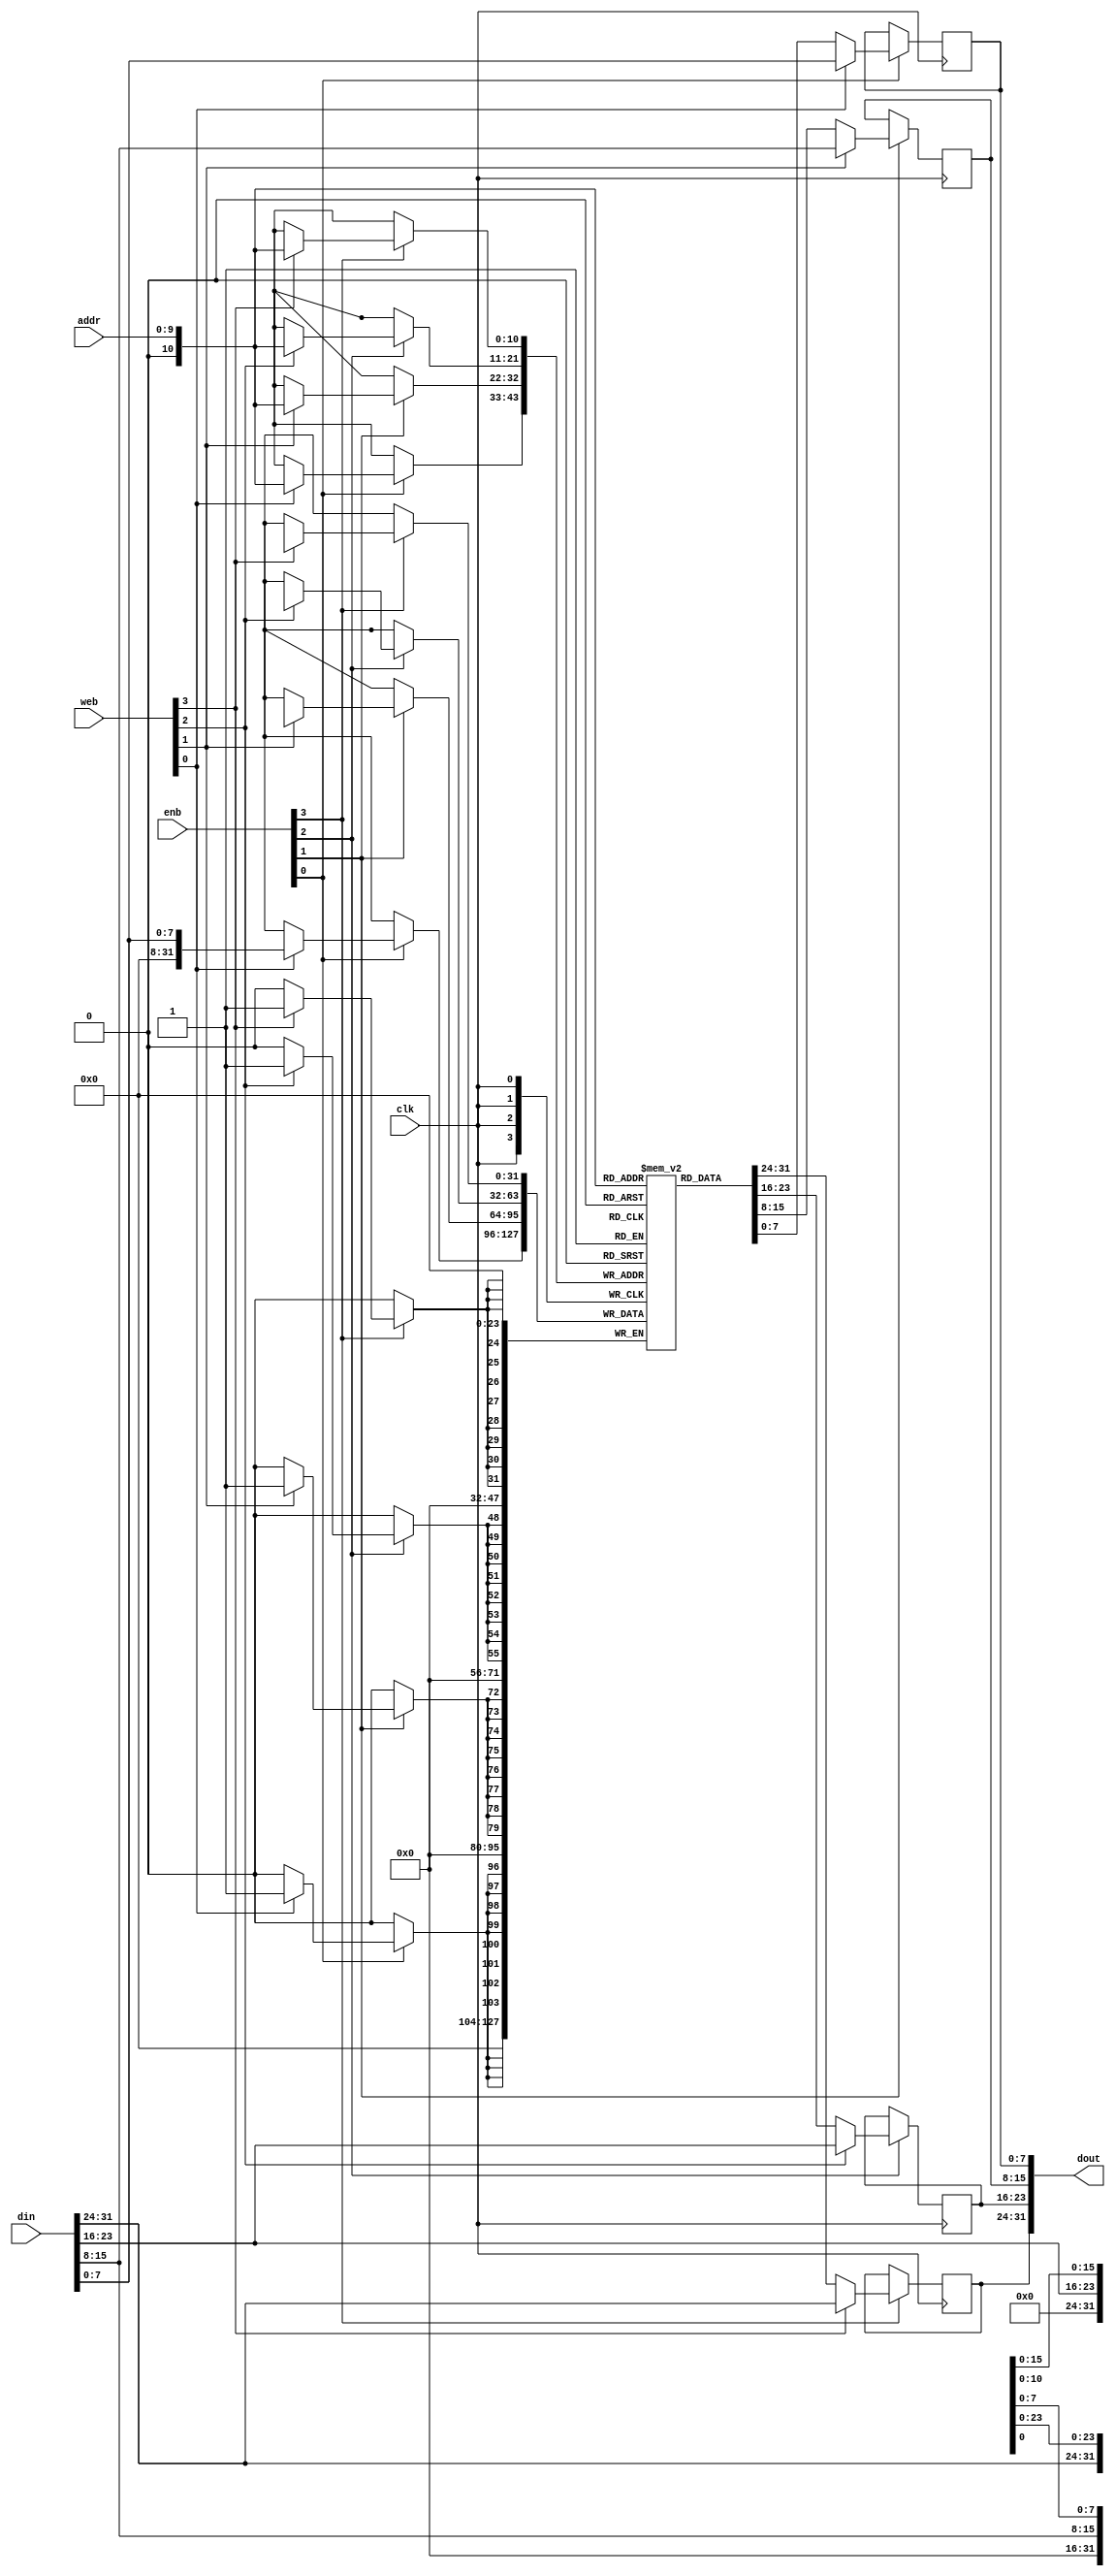
module sync_ram_wf_x32 (/*AUTOARG*/
   // Outputs
   dout,
   // Inputs
   clk, web, enb, addr, din
   );
   parameter ADDR_WIDTH = 10;

   input clk;
   input [3:0]web;
   input [3:0]enb;
   input [9:0] addr;
   input [31:0] din;
   output [31:0] dout;
   reg [31:0]    RAM [(2<<ADDR_WIDTH)-1:0];
   reg [31:0]    dout;

   always @(posedge clk)
     begin
        if (enb[0])
          begin
             if (web[0])
               begin
                  RAM[addr][7:0] <= din[7:0];
                  dout[7:0] <= din[7:0];
               end
             else begin
                dout[7:0] <= RAM[addr][7:0];
             end
          end
     end // always @ (posedge clk)
   always @(posedge clk)
     begin
        if (enb[1])
          begin
             if (web[1])
               begin
                  RAM[addr][15:8] <= din[15:8];
                  dout[15:8] <= din[15:8];
               end
             else begin
                dout[15:8] <= RAM[addr][15:8];
             end
          end
     end // always @ (posedge clk)

   always @(posedge clk)
     begin
        if (enb[2])
          begin
             if (web[2])
               begin
                  RAM[addr][23:16] <= din[23:16];
                  dout[23:16] <= din[23:16];
               end
             else begin
                dout[23:16] <= RAM[addr][23:16];
             end
          end
     end

   always @(posedge clk)
     begin
        if (enb[3])
          begin
             if (web[3])
               begin
                  RAM[addr][31:24] <= din[31:24];
                  dout[31:24] <= din[31:24];
               end
             else begin
                dout[31:24] <= RAM[addr][31:24];
             end
          end
     end



endmodule